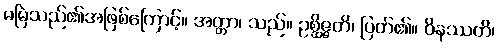
မမြဲသည်၏အဖြစ်ကြောင့်။ အတ္တာ၊ သည်။ ဥစ္ဆိဇ္ဇတိ၊ ပြတ်၏။ ဝိနဿတိ၊